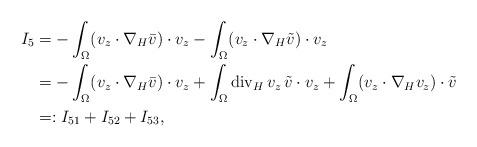
LaTeX: \begin{align*}{I_5} &= -\int_\Omega (v_z\cdot\nabla_H\bar v)\cdot v_z - \int_\Omega (v_z\cdot\nabla_H\tilde v)\cdot v_z \\&= -\int_\Omega (v_z\cdot\nabla_H\bar v)\cdot v_z + \int_\Omega \mathrm{div}_H\,v_z\, \tilde v\cdot v_z + \int_\Omega (v_z\cdot\nabla_Hv_z)\cdot\tilde v \\&=: {I_{51} + I_{52} + I_{53}},\end{align*}